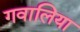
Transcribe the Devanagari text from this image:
गवालिया